Indian journal of veterinary science and animal husbandry - Volume 2,
Year: 1932
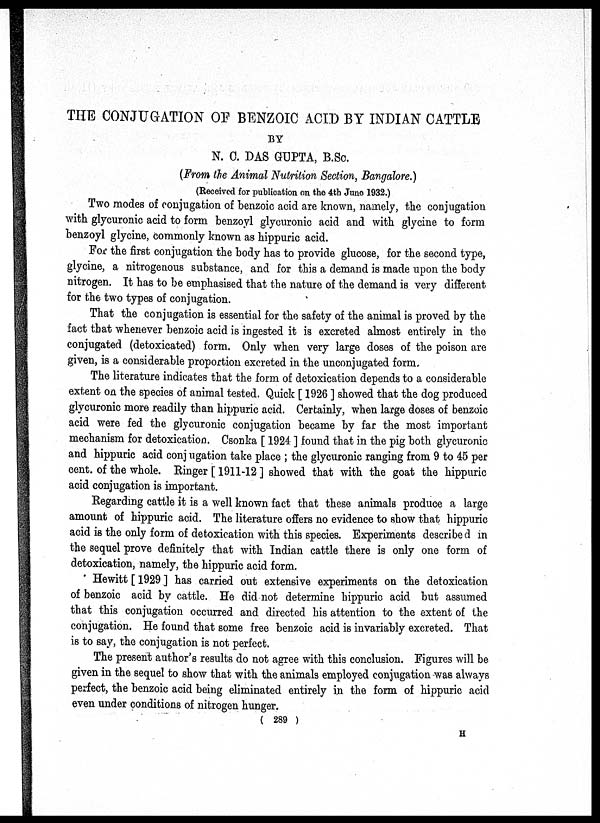
THE CONJUGATION OF BENZOIC ACID BY INDIAN CATTLE
BY
N. C. DAS GUPTA, B.Sc.
(From the Animal Nutrition Section, Bangalore,)
(Received for publication on the 4th June 1932.)
Two modes of conjugation of benzoic acid are known, namely, the conjugation
with glycuronic acid to form benzoyl glycuronic acid and with glycine to form
benzoyl glycine, commonly known as hippuric acid.
For the first conjugation the body has to provide glucose, for the second type,
glycine, a nitrogenous substance, and for this a demand is made upon the body
nitrogen. It has to be emphasised that the nature of the demand is very different
for the two types of conjugation.
That the conjugation is essential for the safety of the animal is proved by the
fact that whenever benzoic acid is ingested it is excreted almost entirely in the
conjugated (detoxicated) form. Only when very large doses of the poison are
given, is a considerable proportion excreted in the unconjugated form.
The literature indicates that the form of detoxication depends to a considerable
extent on the species of animal tested. Quick [ 1926 ] showed that the dog produced
glycuronic more readily than hippuric acid. Certainly, when large doses of benzoic
acid were fed the glycuronic conjugation became by far the most important
mechanism for detoxication. Csonka [ 1924 ] found that in the pig both glycuronic
and hippuric acid conj ugation take place ; the glycuronic ranging from 9 to 45 per
cent. of the whole. Ringer [ 1911-12 ] showed that with the goat the hippuric
acid conjugation is important.
Regarding cattle it is a well known fact that these animals produce a large
amount of hippuric acid. The literature offers no evidence to show that hippuric
acid is the only form of detoxication with this species. Experiments described in
the sequel prove definitely that with Indian cattle there is only one form of
detoxication, namely, the hippuric acid form.
Hewitt [1929] has carried out extensive experiments on the detoxication
of benzoic acid by cattle. He did not determine hippuric acid but assumed
that this conjugation occurred and directed his attention to the extent of the
conjugation. He found that some free benzoic acid is invariably excreted. That
is to say, the conjugation is not perfect.
The present author's results do not agree with this conclusion. Figures will be
given in the sequel to show that with the animals employed conjugation was always
perfect, the benzoic acid being eliminated entirely in the form of hippuric acid
even under conditions of nitrogen hunger.
( 289 )
H